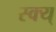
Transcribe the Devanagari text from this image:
स्क्य्